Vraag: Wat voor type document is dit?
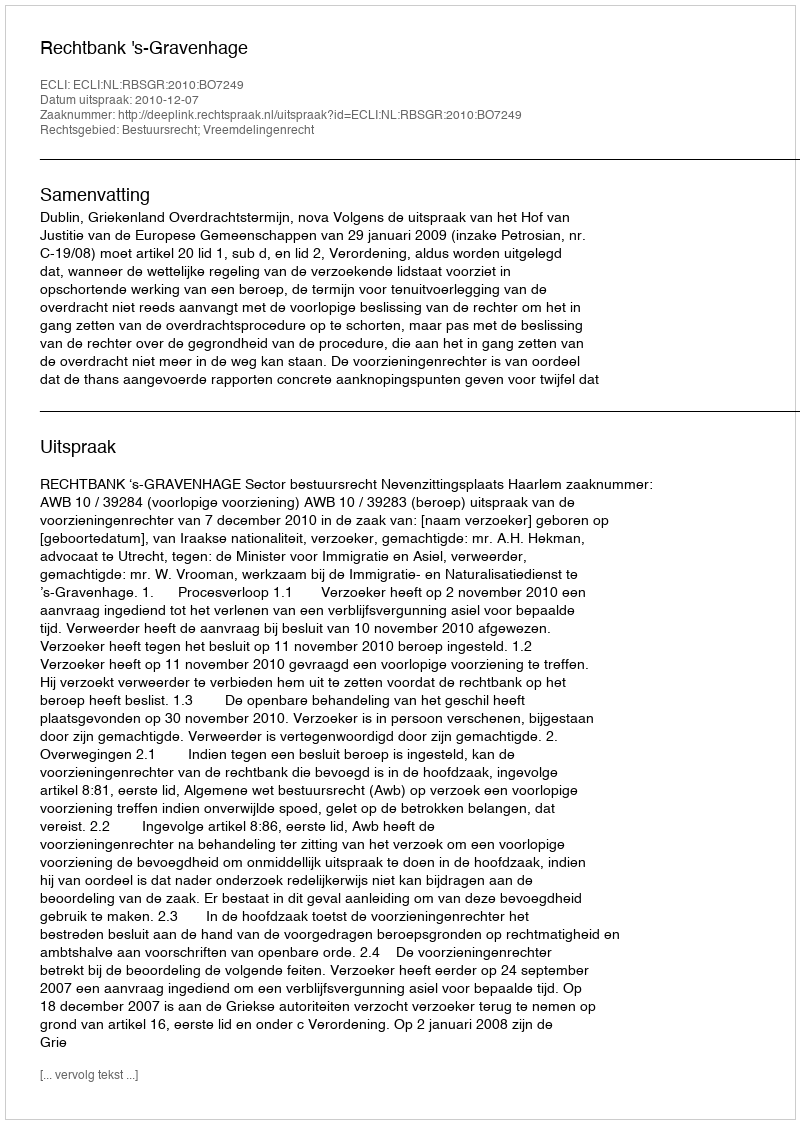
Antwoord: Uitspraak